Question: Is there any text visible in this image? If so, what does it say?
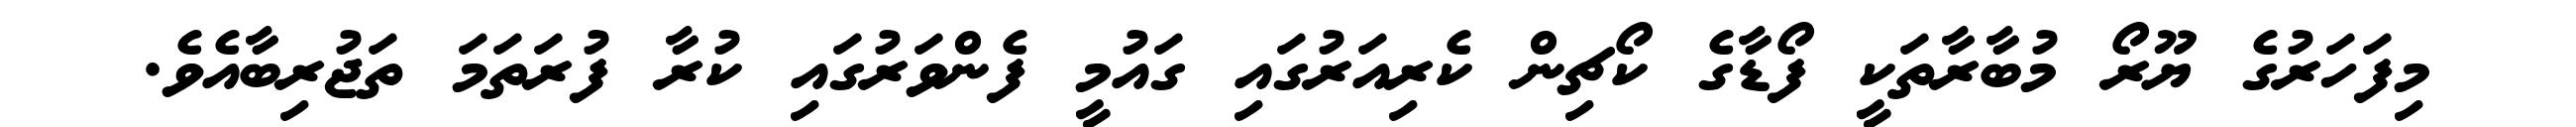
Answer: މިފަހަރުގެ ޔޫރޯ މުބާރާތަކީ ފޯޑާގެ ކޯޗިން ކެރިއަރުގައި ގައުމީ ފެންވަރުގައި ކުރާ ފުރަތަމަ ތަޖުރިބާއެވެ.